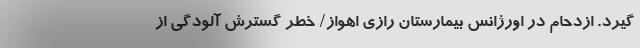
گیرد. ازدحام در اورژانس بیمارستان رازی اهواز/ خطر گسترش آلودگی از